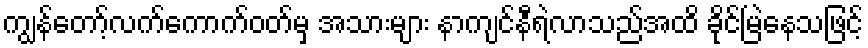
ကျွန်တော့်လက်ကောက်ဝတ်မှ အသားများ နာကျင်နီရဲလာသည်အထိ ခိုင်မြဲနေသဖြင့်